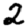
Digit: 2